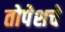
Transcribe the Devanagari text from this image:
तोपेशचे